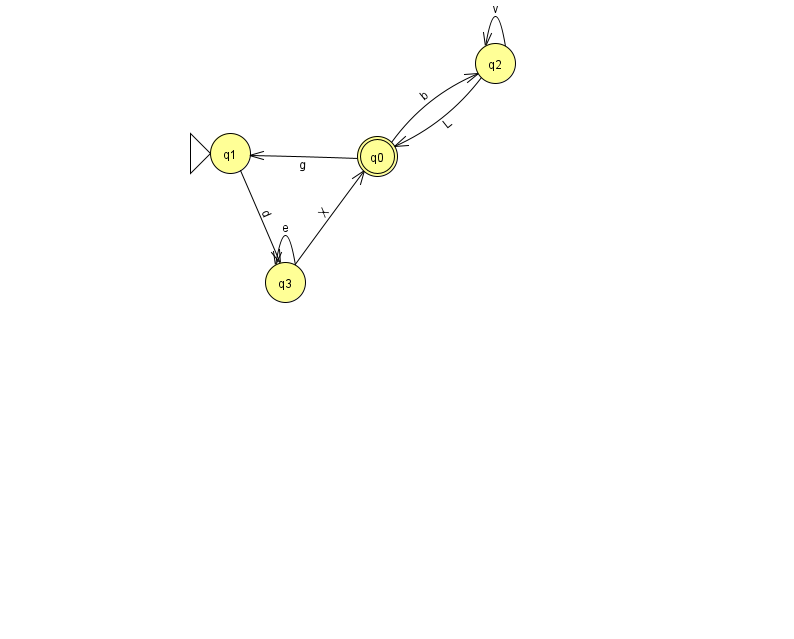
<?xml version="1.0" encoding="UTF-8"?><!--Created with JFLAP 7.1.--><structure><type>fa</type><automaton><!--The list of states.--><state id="0" name="q0"><x>377.0</x><y>143.0</y><final/></state><state id="1" name="q1"><x>230.0</x><y>140.0</y><initial/></state><state id="2" name="q2"><x>495.0</x><y>50.0</y></state><state id="3" name="q3"><x>285.0</x><y>269.0</y></state><!--The list of transitions.--><transition><from>2</from><to>0</to><read>L</read></transition><transition><from>3</from><to>3</to><read>e</read></transition><transition><from>2</from><to>2</to><read>v</read></transition><transition><from>0</from><to>1</to><read>g</read></transition><transition><from>1</from><to>3</to><read>d</read></transition><transition><from>3</from><to>0</to><read>X</read></transition><transition><from>0</from><to>2</to><read>b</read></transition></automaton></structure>